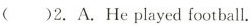
()2.A. He played football.